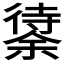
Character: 𱝸